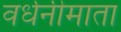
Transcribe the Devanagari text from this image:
वर्धनीमाता